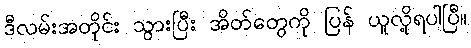
ဒီလမ်းအတိုင်း သွားပြီး အိတ်တွေကို ပြန် ယူလို့ရပါပြီ။